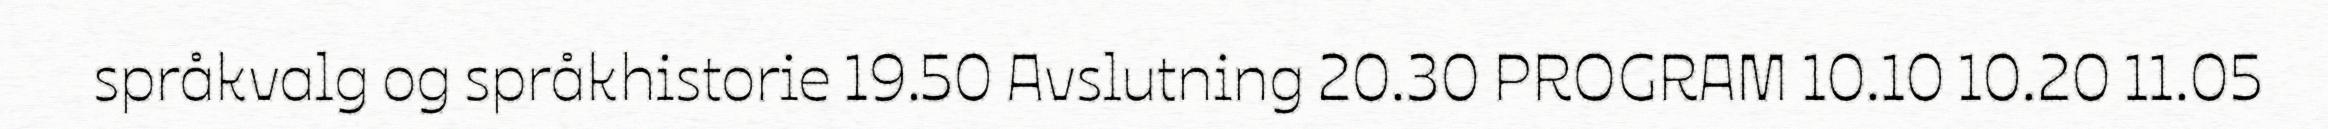
språkvalg og språkhistorie 19.50 Avslutning 20.30 PROGRAM 10.10 10.20 11.05